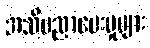
အသိပညာပေးမှုများ